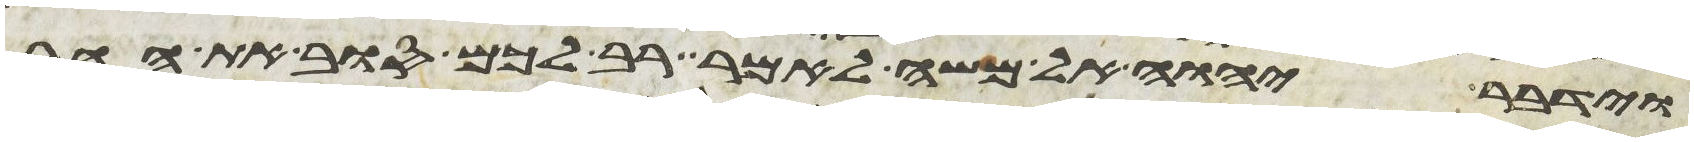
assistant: וידבר יהוה אל משה לאמר רב לכם סוב את ההר